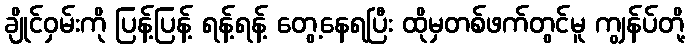
ချိုင်ဝှမ်းကို ပြန့်ပြန့် ရန့်ရန့် တွေ့နေရပြီး ထိုမှတစ်ဖက်တွင်မူ ကျွန်ပ်တို့